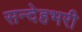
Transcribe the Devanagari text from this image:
सन्देहभरी